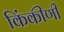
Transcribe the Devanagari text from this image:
किंकीणी